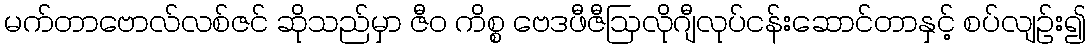
မက်တာဗောလ်လစ်ဇင် ဆိုသည်မှာ ဇီဝ ကိစ္စ ဗေဒဖီဇီဩလိုဂျီလုပ်ငန်းဆောင်တာနှင့် စပ်လျဉ်း၍